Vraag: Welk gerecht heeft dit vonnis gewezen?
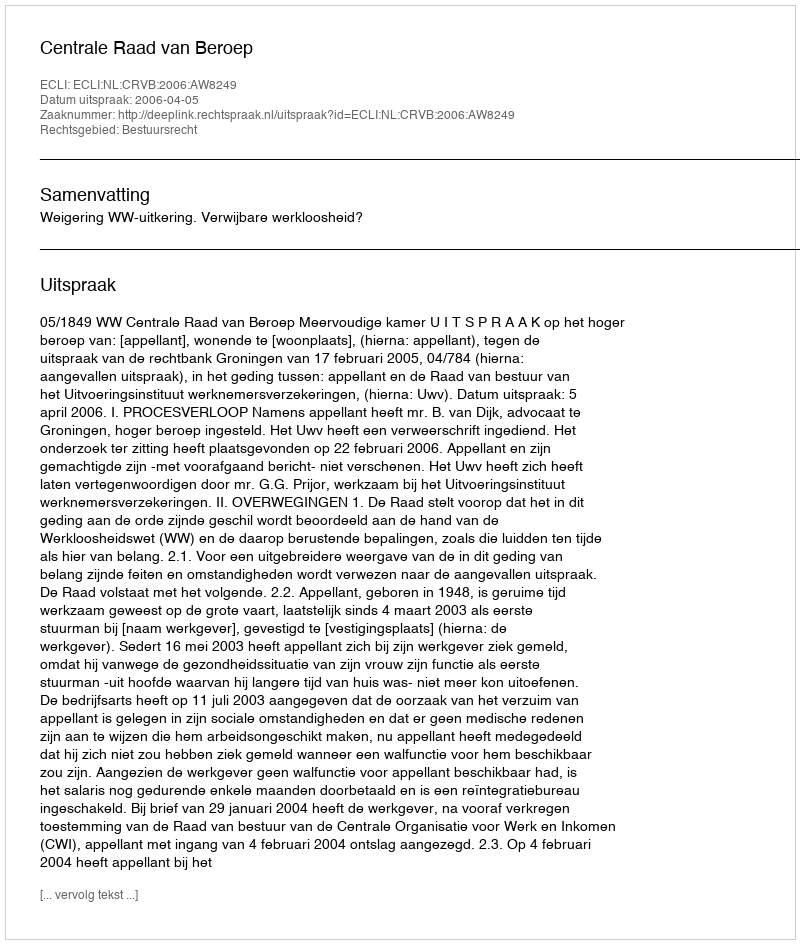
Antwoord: Centrale Raad van Beroep